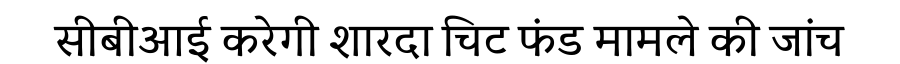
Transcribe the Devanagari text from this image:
सीबीआई करेगी शारदा चिट फंड मामले की जांच